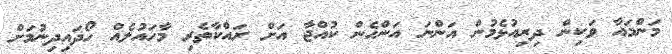
މަންމައާ ވަކިން ދިރިއުޅެމުން އަންނަ އަންހެން ކުއްޖާ އަށް ރައްކާތެރި މާހައުލެއް ހޯދައިދިނުމަށް